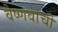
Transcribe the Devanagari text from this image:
वैष्णवांची